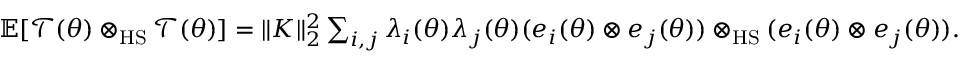
\begin{array} { r } { \mathbb { E } [ \mathcal T ( \theta ) \otimes _ { \mathrm { H S } } \mathcal T ( \theta ) ] = \| K \| _ { 2 } ^ { 2 } \sum _ { i , j } \lambda _ { i } ( \theta ) \lambda _ { j } ( \theta ) ( e _ { i } ( \theta ) \otimes e _ { j } ( \theta ) ) \otimes _ { \mathrm { H S } } ( e _ { i } ( \theta ) \otimes e _ { j } ( \theta ) ) . } \end{array}